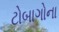
ટોબાગોના